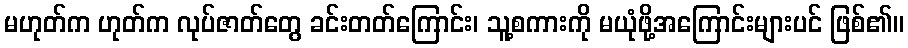
မဟုတ်က ဟုတ်က လုပ်ဇာတ်တွေ ခင်းတတ်ကြောင်း၊ သူ့စကားကို မယုံဖို့အကြောင်းများပင် ဖြစ်၏။